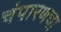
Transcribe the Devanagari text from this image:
चंपारणचा